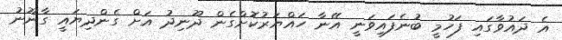
އެ ދައުވާގައި ފަހުމީ ބުނެފައިވަނީ އޭނާ ހައްޔަރުކޮށްގެން ދޫނިދު އަށް ގެންދިޔައީ ގާނޫނު